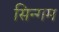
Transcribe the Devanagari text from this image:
सिन्गम